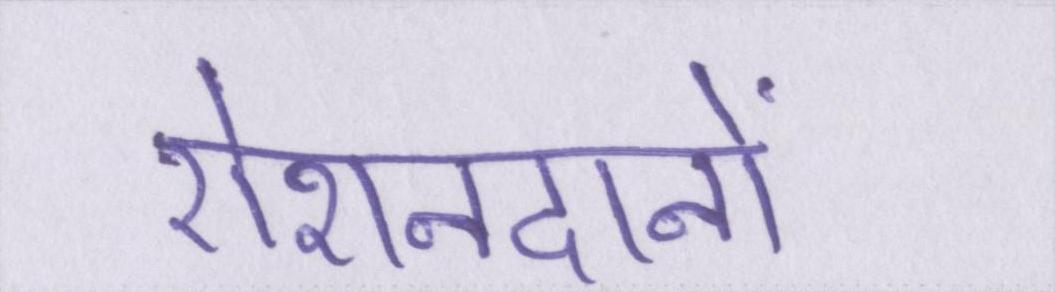
रोशनदानों